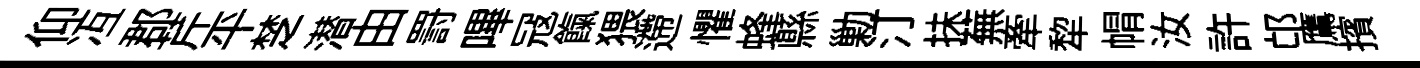
仰冱郡芹平椘潜由罸嗶冦餼猥遰懼蜂縣勦汀抺蕪牽犂㡌汝許邙鷹擯